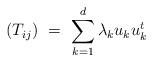
LaTeX: \begin{align*}(T_{ij})\ = \ \sum_{k=1}^d\lambda_ku_ku_k^t\, \end{align*}